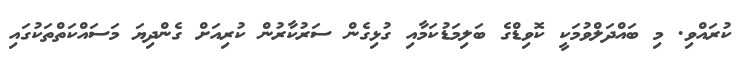
ކުރައްވި. މި ބައްދަލްވުމަކީ ކޮވިޑްގެ ބަލިމަޑުކަމާއި ގުޅިގެން ސަރުކާރުން ކުރިއަށް ގެންދިޔަ މަސައްކަތްތަކުގައި